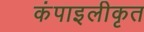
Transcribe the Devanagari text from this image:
कंपाइलीकृत